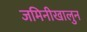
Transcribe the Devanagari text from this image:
जमिनीखालुन